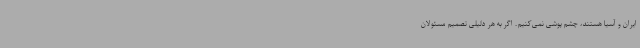
ایران و آسیا هستند، چشم پوشی نمی‌کنیم. اگر به هر دلیلی تصمیم مسئولان